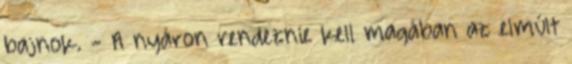
bajnok. - A nyáron rendeznie kell magában az elmúlt